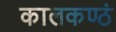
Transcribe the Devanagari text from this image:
कालकण्ठं